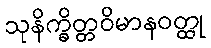
သုနိက္ခိတ္တဝိမာနဝတ္ထု